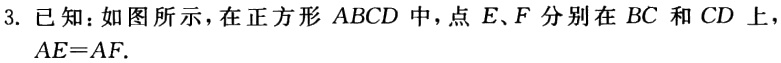
3. 已知：如图所示，在正方形 \(ABCD\) 中，点 \(E、F\) 分别在 \(BC\) 和 \(CD\) 上，\(AE = AF\).